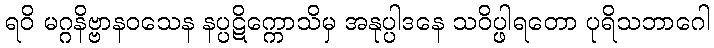
ရဝိ မဂ္ဂနိဗ္ဗာနဝသေန နပ္ပဋိက္ကောသိမှ အနုပ္ပါဒနေ သဝိပ္ဖါရတော ပုရိသဘာဂေါ